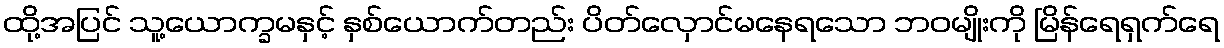
ထို့အပြင် သူ့ယောက္ခမနှင့် နှစ်ယောက်တည်း ပိတ်လှောင်မနေရသော ဘဝမျိုးကို မြိန်ရေရှက်ရေ